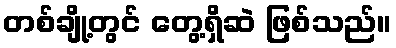
တစ်ချို့တွင် တွေ့ရှိဆဲ ဖြစ်သည်။